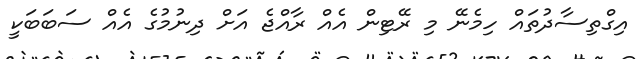
އިގްތިސާދުތައް ހިމެނޭ މި ރޭޓިން އެއް ރާއްޖެ އަށް ދިނުމުގެ އެއް ސަބަބަކީ